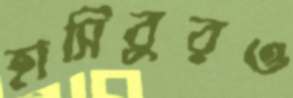
হাসিবুরও